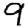
Digit: 9